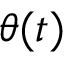
\theta ( t )